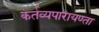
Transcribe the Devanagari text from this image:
कर्तव्यपारायण्ता